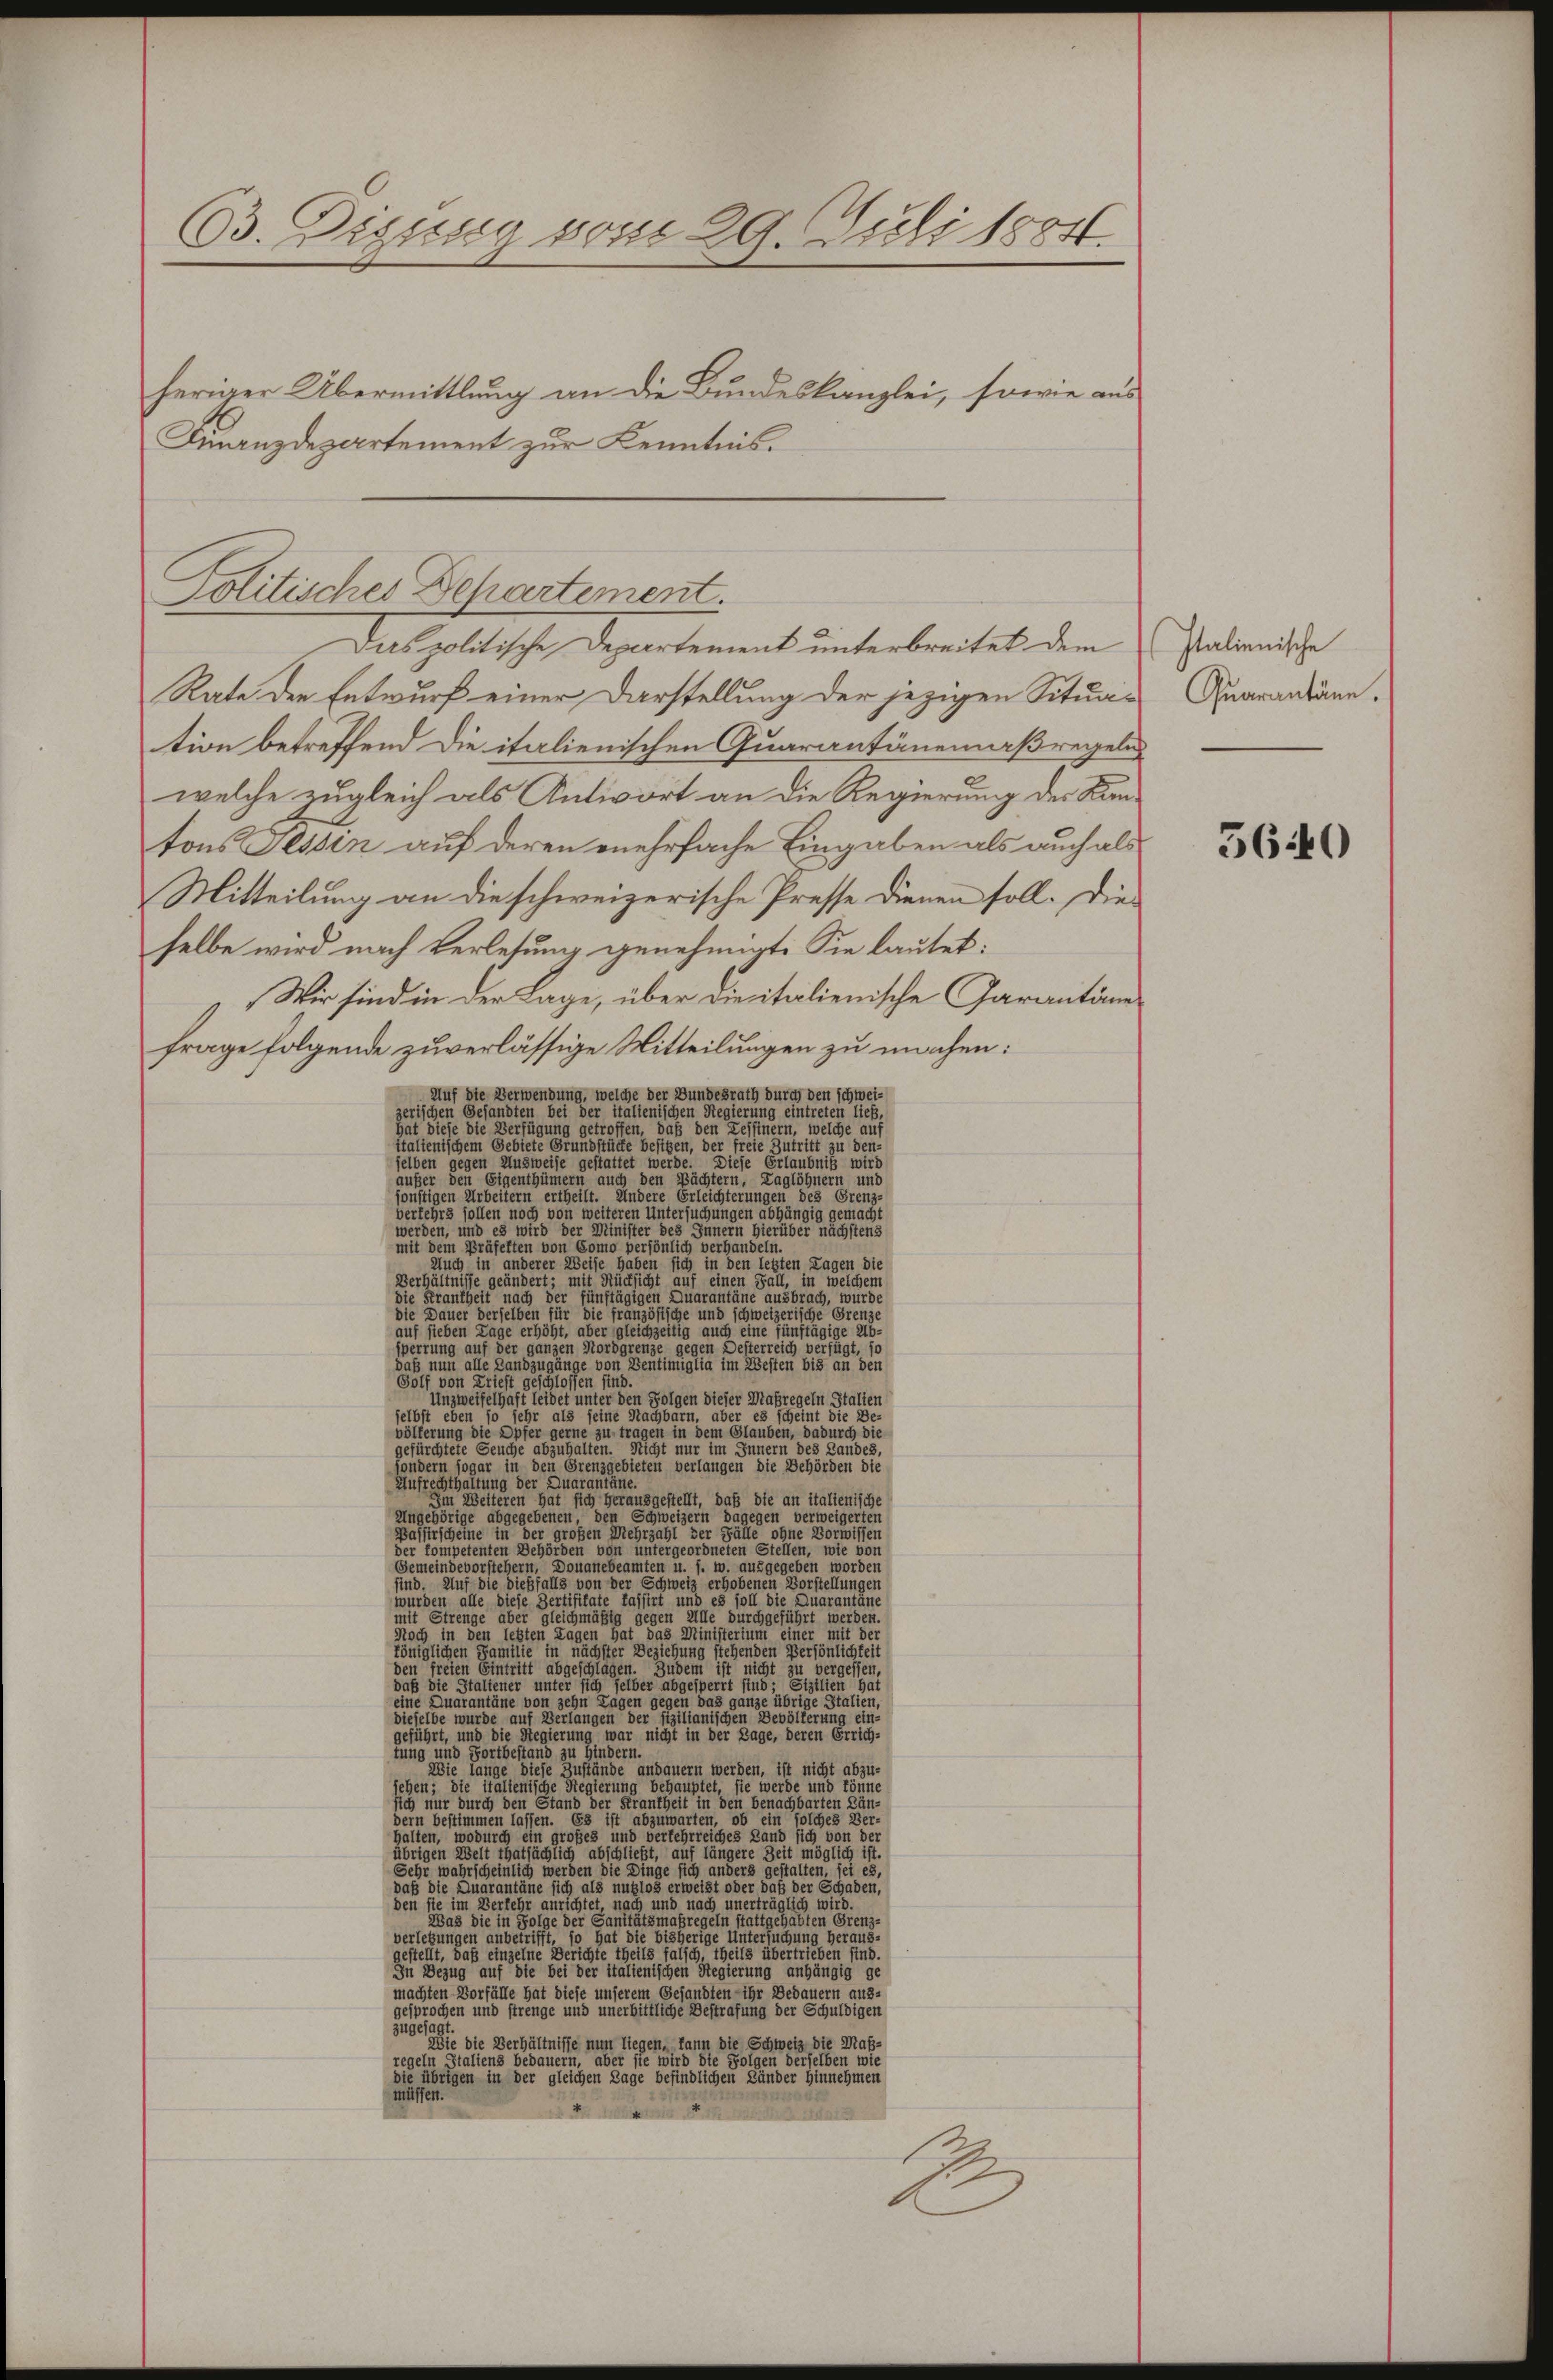
63. Diessen vom 29. Juli 1884.
teriger Übermittlung an die Bundeskanzlei, sowie aus
Finanzdepartement zur Kenntnis.

Politisches Departement.
Das politische Departement unterbreitet dem

Rate der Entwurf einer Darstellung der jezigen Situa-
tion betreffend die italienischen Quarantanemaßregeln
welche zugleich als Antwort an die Regierung der Kantons Tessin auf deren mehrfache Eingaben als auch als
Mitteilung an die schweizerische Tresse dienen soll. Die
selbe wird nach Verlesung genehmigt. Sie lautet:
Wer sind in einen einer eine leische Caramation
frage folgende zuverlästige Mitteilungen zu machen:
Auf die Verwendung, welche der Bundesrath durch den schweizerischen Gesandten bei der italienischen Regierung eintreten ließ,
hat diese die Verfügung getroffen, daß den Zessinern, welche auf
italienischem Gebiete Grundstücke besitzen, der freie Zutritt zu den-
selben gegen Ausweise gestattet werde. Diese Erlaubniß wird
äußer den Eigenthümern auch den Pächtern, Taglöhnern und
sonstigen Arbeitern ertheilt. Andere Erleichterungen des Grenz-
verkehrs sollen noch von weiteren Untersuchungen abhängig gemacht
werden, und es wird der Minister des Innern hierüber nächstens
mit dem Präfekten von Como persönlich verhandeln.
Auch in anderer Weise haben sich in den letzten Lagen die
Verhältnisse geändert; mit Rücksicht auf einen Fall, in welchem
die Frankheit nach der fünftägigen Quarantäne ausbrach, wurde
die Dauer derselben für die französische und schweizerische Grenze
uf sieben Lage erhöht, aber gleichzeitig auch eine fünftägige Ab-
sperrung auf der ganzen Nordgrenze gegen Desterreich verfügt, so
ß nun alle Landzugänge von Dentimiglia im Westen bis an den
Golf von Kriest geschlossen sind.
Unzweifelhaft leidet unter den Folgen dieser Maßregeln Stalien
selbst eben so sehr als seine Nachbarn, aber es scheint die De-
völferung die Opfer gerne zu tragen in dem Glauben, dadurch die
efürchtete Seuche abzuhalten. Nicht nur im Innern des Landes,
londern sogar in den Grenzgebieten verlangen die Behörden die
Aufrechthaltung der Quarantäne.
Im Weiteren hat sich herausgestellt, daß die an italienische
Ungehörige abgegebenen, den Schweizern dagegen verweigerten
Bassirscheine in der großen Mehrzahl der Fälle ohne Vorwissen
der kompetenten Behörden von untergeordneten Stellen, wie von
Gemeindevorstehern, Douanebeamten u. s. w. ausgegeben worden
ind. Auf die dießfalls von der Schweiz erhobenen Vorstellungen
wurden alle diese Bertifikate fassirt und es soll die Quarantäne
mit Strenge aber gleichmäßig gegen Alle durchgeführt werden.
Noch in den lebten Lagen hat das Ministerium einer mit der
königlichen Familie in nächster Beziehung stehenden Persönlichkeit
den freien Eintritt abgeschlagen. Zudem ist nicht zu vergessen,
daß die Staliener unter sich selber abgesperrt sind; Sizilien hat
eine Quarantäne von zehn Tagen gegen das ganze übrige Stalien,
dieselbe wurde auf Verlangen der fizilianischen Bevölkerung ein-
geführt, und die Regierung war nicht in der Tage, deren Errich-
tung und Fortbestand zu hindern.
ie lange diese Zustände andauern werden, ist nicht abzu-
iehen; die italienische Regierung behauptet, sie werde und könne
sich nur durch den Stand der Frantheit in den benachbarten Län-
dern bestimmen lassen. Es ist abzuwarten, ob ein solches Ver-
halten, wodurch ein großes und verfehrreiches Land sich von der
übrigen Welt thatsächlich abschließt, auf längere Zeit möglich ist.
Sehr wahrscheinlich werden die Dinge sich anders gestalten, sei es,
daß die Quarantäne sich als nutzlos erweist oder daß der Schaden,
den sie im Verkehr anrichtet, nach und nach unerträglich wird.
Was die in Folge der Sanitätsmaßregeln stattgehabten Grenz-
verlebungen anbetrifft, so hat die bisherige Untersuchung heraus-
gestellt, daß einzelne Berichte theils falsch, theils übertrieben sind.
In Bezug auf die bei der italienischen Regierung anhängig ge
machten Vorfälle hat diese unserem Gesandten ihr Bedauern aus-
gesprochen und strenge und unerbittliche Bestrafung der Schuldigen
zugesagt.
Wie die Verhältnisse nun liegen, kann die Schweiz die Maßregeln Staliens bedauern, aber sie wird die Folgen derselben wie
die übrigen in der gleichen Tage befindlichen Länder hinnehmen
müssen.
A

stalienische
Quarantäne.

5640